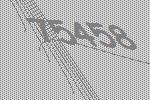
75458